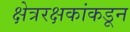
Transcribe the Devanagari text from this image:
क्षेत्ररक्षकांकडून